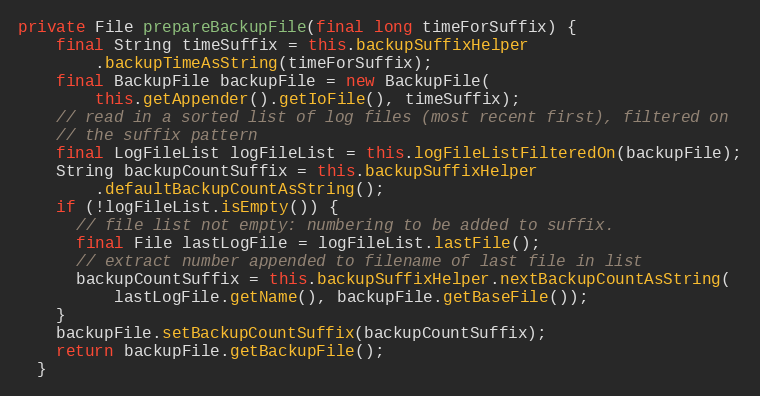
Language: Java
private File prepareBackupFile(final long timeForSuffix) {
    final String timeSuffix = this.backupSuffixHelper
        .backupTimeAsString(timeForSuffix);
    final BackupFile backupFile = new BackupFile(
        this.getAppender().getIoFile(), timeSuffix);
    // read in a sorted list of log files (most recent first), filtered on
    // the suffix pattern
    final LogFileList logFileList = this.logFileListFilteredOn(backupFile);
    String backupCountSuffix = this.backupSuffixHelper
        .defaultBackupCountAsString();
    if (!logFileList.isEmpty()) {
      // file list not empty: numbering to be added to suffix.
      final File lastLogFile = logFileList.lastFile();
      // extract number appended to filename of last file in list
      backupCountSuffix = this.backupSuffixHelper.nextBackupCountAsString(
          lastLogFile.getName(), backupFile.getBaseFile());
    }
    backupFile.setBackupCountSuffix(backupCountSuffix);
    return backupFile.getBackupFile();
  }